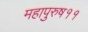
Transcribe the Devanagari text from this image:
महापुरुष११